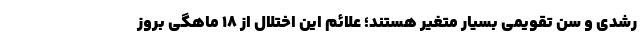
رشدی و سن تقویمی بسیار متغیر هستند؛ علائم این اختلال از ۱۸ ماهگی بروز